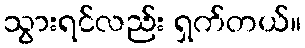
သွားရင်လည်း ရှက်တယ်။